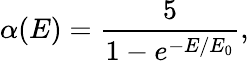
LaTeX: \alpha(E)=\frac{5}{1-e^{-E/E_{0}}},